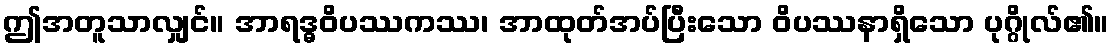
ဤအတူသာလျှင်။ အာရဒ္ဓဝိပဿကဿ၊ အာထုတ်အပ်ပြီးသော ဝိပဿနာရှိသော ပုဂ္ဂိုလ်၏။